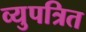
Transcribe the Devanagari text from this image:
व्युपत्रित